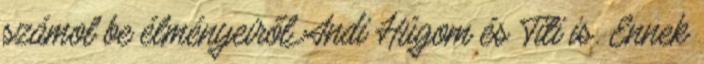
számol be élményeiről Andi Húgom és Titi is. Ennek